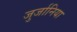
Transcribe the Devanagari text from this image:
जुर्जानिया